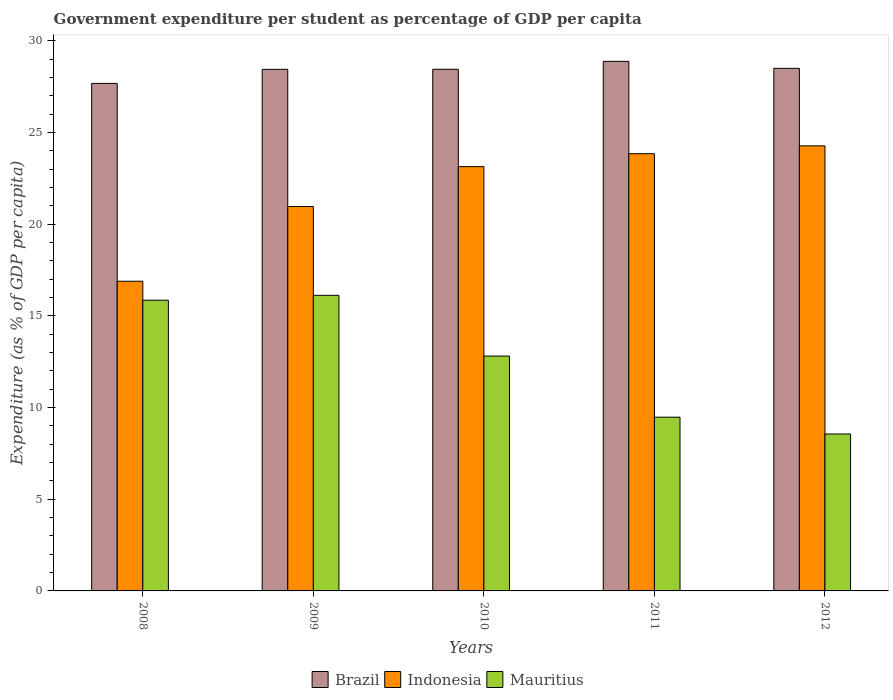
| Years | Brazil | Indonesia | Mauritius |
 | --- | --- | --- | --- |
 | 2008 | 27.7 | 16.9 | 15.9 |
 | 2009 | 28.4 | 21 | 16.1 |
 | 2010 | 28.4 | 23.1 | 12.8 |
 | 2011 | 28.9 | 23.8 | 9.47 |
 | 2012 | 28.5 | 24.3 | 8.56 |